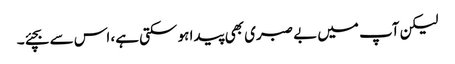
لیکن آپ میں بے صبری بھی پیدا ہو سکتی ہے، اس سے بچئے۔